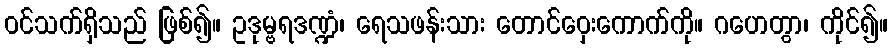
ဝင်သက်ရှိသည် ဖြစ်၍။ ဥဒုမ္ဗရဒဏ္ဍံ၊ ရေသဖန်းသား တောင်ဝှေးကောက်ကို။ ဂဟေတွာ၊ ကိုင်၍။